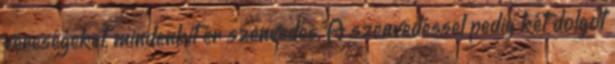
vereségeket, mindenkit ér szenvedés. A szenvedéssel pedig két dolgot